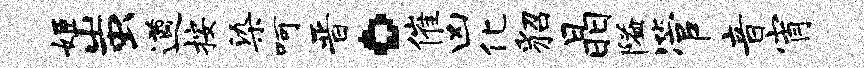
姬蚩遒按染呵晋。催凶化貂晶隘管音宵